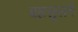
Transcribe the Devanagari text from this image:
बहलूलने